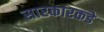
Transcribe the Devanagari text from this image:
सारकारकडे